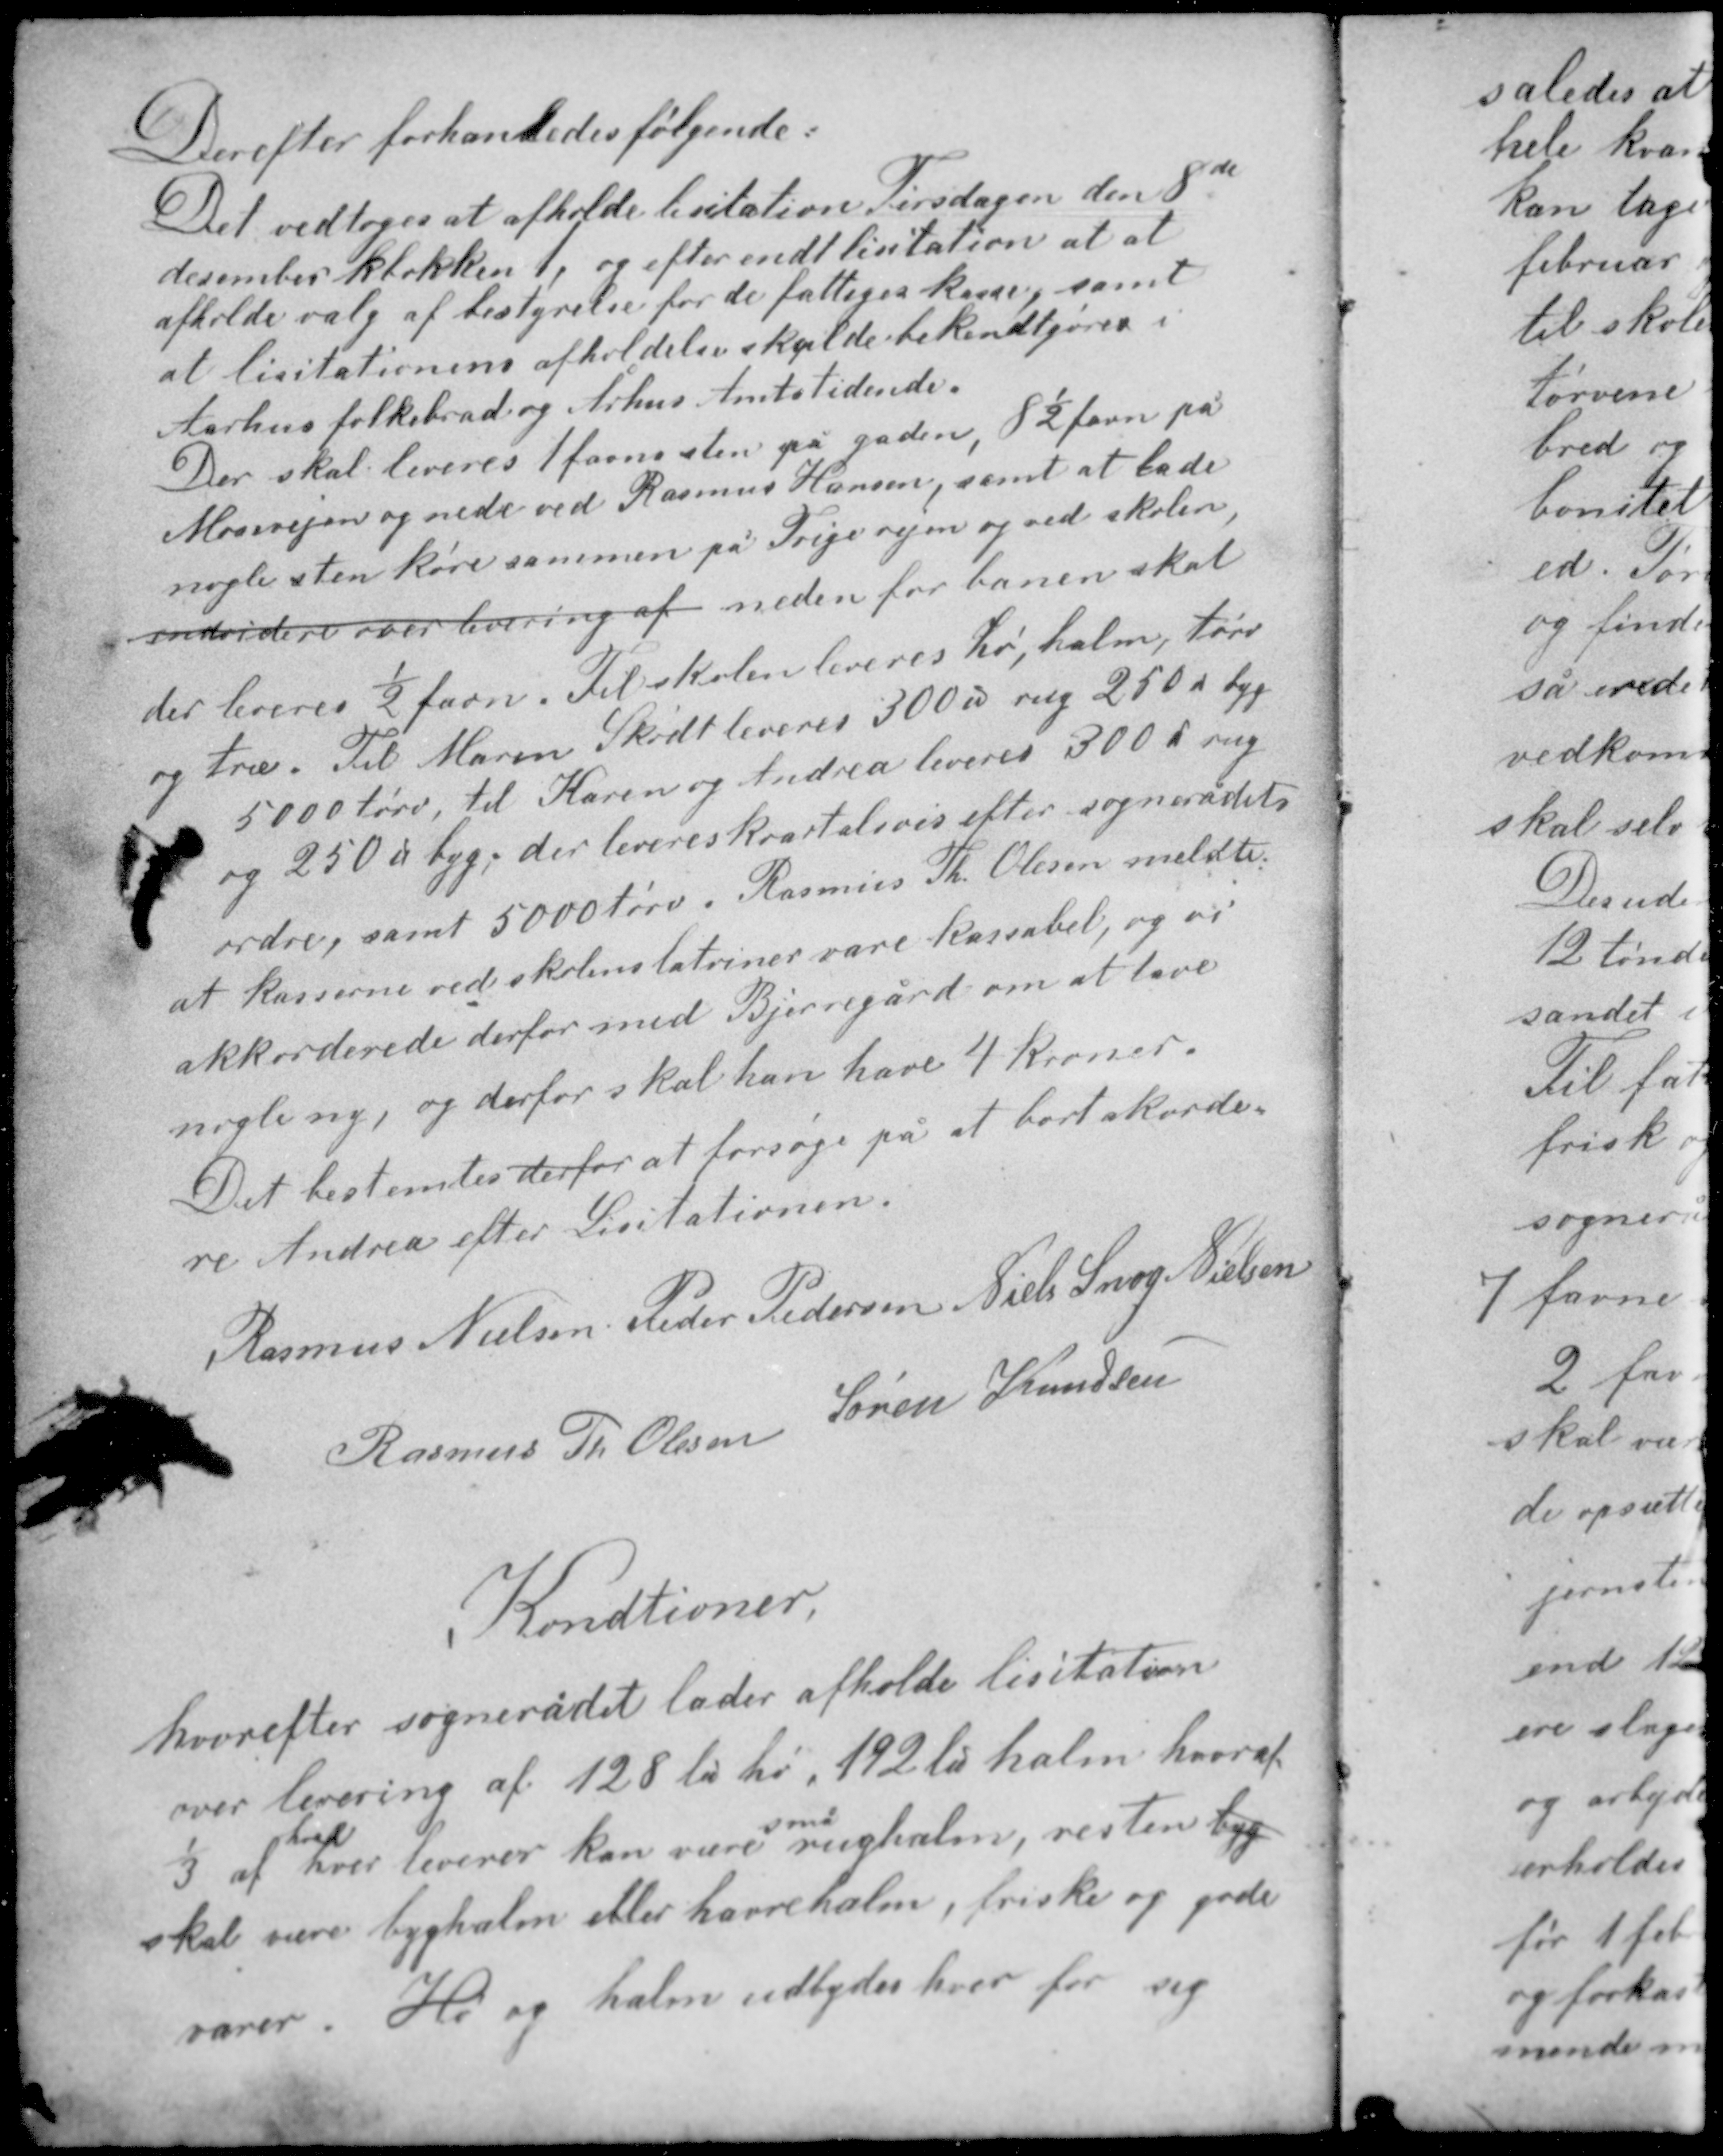
Transskription:
Derefter forhandledes følgende:
Det vedtoges at afholde licitation Tirsdagen den 8de
december klokken 1, og efter endt licitation at at
afholde valg af bestyrelse for de fattiges kasse, samt
at licitationens afholdelse skulde bekendtgjøres i
Aarhus folkebrad og Århus Amtstidende.

Der skal leveres 1 favne sten på gaden, 8½ favn på
Mosevejen og nede ved Rasmus Hansens, samt at lade
nogle sten køre sammen på Trige vejen og ved skolen,
endvidere over levering af neden for banen skal
der leveres ½ favn. Til skolen leveres Hø, halm, tørv
og træ. Til Maren Skødt leveres 300 ℔ rug 250 ℔ byg
5000 tørv, til Karen og Andrea leveres 300 ℔ rug
og 250 ℔ byg; der leveres kvartalsvis efter sognerådets
ordre, samt 5000 tørv. Rasmus Th. Olesen meldte
at kasserne ved skolens latriner vare kassabel, og vi
akkorderede derfor med Bjerregård om at lave
nogle ny, og derfor skal han have 4 kroner.

Det bestemtes derfor at forsøge på at bortakorde-
re Andrea efter Licitationen.

Rasmus Nielsen Peder Pedersen Niels Snog Nielsen
Rasmus Th Olesen Søren Knudsen

Konditioner
hvorefter sognerådet lader afholde licitation
over levering af 128 ℔ hø, 192 ℔ halm hvoraf
hvad
små
1/3 af hver leverer kan være rughalm, resten byg
skal være byghalm eller havrehalm, friske og gode
varer. Hø og halm udbydes hver for sig.